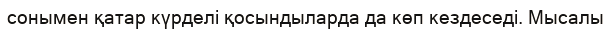
сонымен қатар күрделі қосындыларда да көп кездеседі. Мысалы